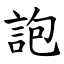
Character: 䛌